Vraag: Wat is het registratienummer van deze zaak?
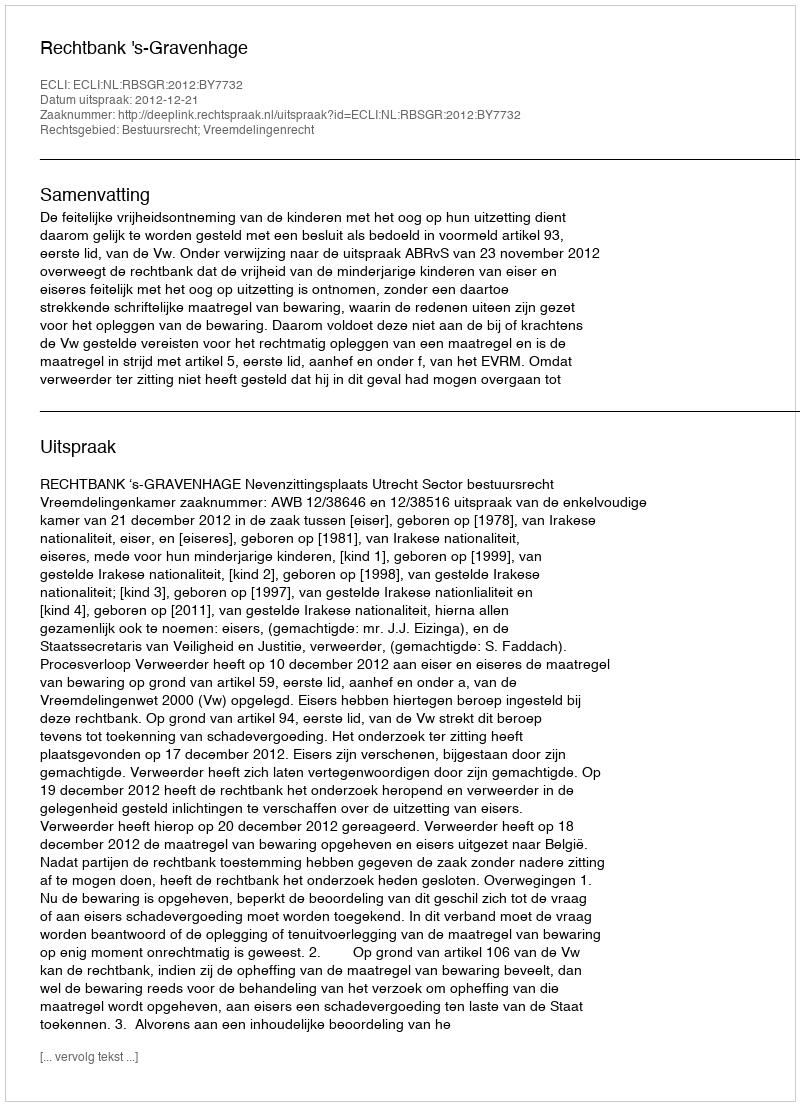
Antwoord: http://deeplink.rechtspraak.nl/uitspraak?id=ECLI:NL:RBSGR:2012:BY7732